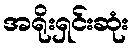
အရိုးရှင်းဆုံး